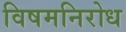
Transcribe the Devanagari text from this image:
विषमनिरोध